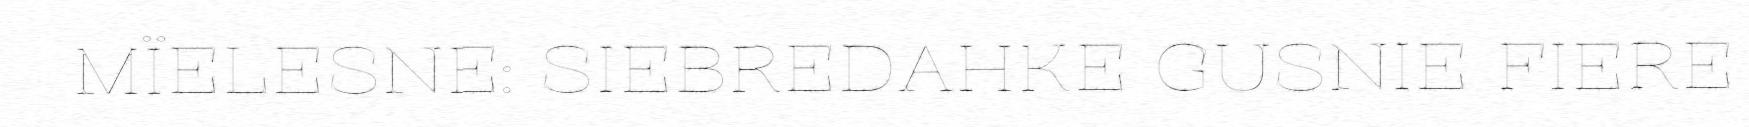
MÏELESNE: SIEBREDAHKE GUSNIE FIERE